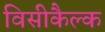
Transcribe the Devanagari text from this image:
विसीकैल्क